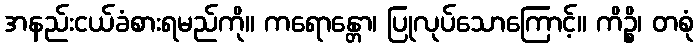
အနည်းငယ်ခံစားရမည်ကို။ ကရောန္တော၊ ပြုလုပ်သောကြောင့်။ ကိဉ္စိ၊ တစုံ